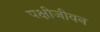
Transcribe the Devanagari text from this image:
पक्षीजीवन